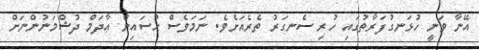
އޭނާ ވަނީ ހުޅަނގުފަރާތުގައި ހުރި ސެނގަރު ތެރެއަށެވެ. ނަމަވެސް ޙުސައިން ޢާދަމް ދުޝްމަނުންނަށް